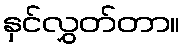
နှင်လွှတ်တာ။